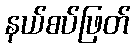
နယ်စပ်ဖြတ်